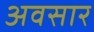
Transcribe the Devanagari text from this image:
अवसार